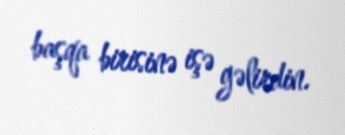
başqa birisinə işə gəlirdin.